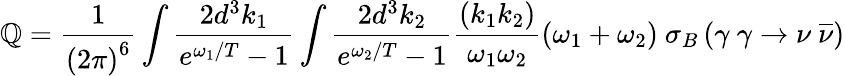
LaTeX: \mathbb{Q}=\frac{1}{{\left(2\pi\right)^{6}}}\int\frac{{2d^{3}k_{1}}}{{e^{\omega_{1}/T}-1}}\int\frac{{2d^{3}k_{2}}}{{e^{\omega_{2}/T}-1}}\frac{{\left(k_{1}k_{2}\right)}}{{\omega_{1}\omega_{2}}}\left(\omega_{1}+\omega_{2}\right)\mathrm{{~}}\sigma_{B}\left(\gamma\mathrm{{~}}\gamma\rightarrow\nu\mathrm{{~}}\overline{{{{\nu}}}}\right)